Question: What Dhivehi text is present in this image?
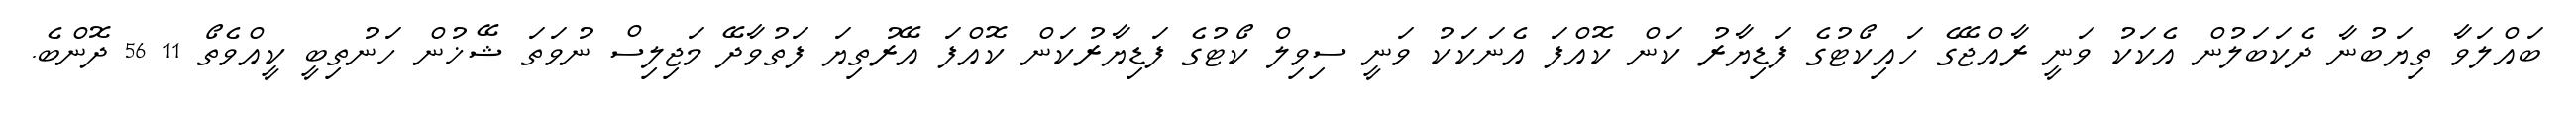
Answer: ބައްލަވާ ތިޔަބުނާ ދެކަބަލުން އެކަކު ވަނީ ރާއްޖޭގެ ހައިކޯޓުގެ ފަޑިޔާރު ކަން ކޮއްފަ އެނަކަކު ވަނީ ސިވިލް ކޯޓުގެ ފަޑިޔާރުކަން ކޮއްފަ އޭރުތިޔަ ފަތުވާދޭ މަޖިލިސް ނުވަތަ ޝޭޚުން ހަނުތިބީ ކީއްވެތޯ 11 56 ދޮންބެ.